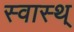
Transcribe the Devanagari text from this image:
स्वास्थ्